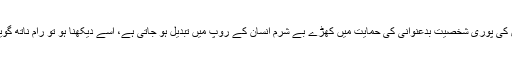
صحافت کا عظیم ہیرو بنتا ہوا ایک شخص کیسے جرائم کے سپر ہیرو میں بدل جاتا ہے اور کیسے اس کی پوری شخصیت بدعنوانی کی حمایت میں کھڑے بے شرم انسان کے روپ میں تبدیل ہو جاتی ہے، اسے دیکھنا ہو تو رام ناتھ گوینکا کے وارث وویک گوینکا کی قیادت میں چلنے والے انگریزی اخبار کو پڑھ کر دیکھا جا سکتا ہے۔